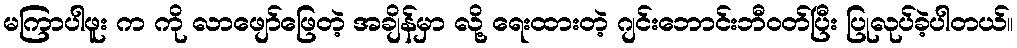
မကြာပါဖူး က ကို လာဖျော်ဖြေတဲ့ အချိန်မှာ လို့ ရေးထားတဲ့ ဂျင်းဘောင်းဘီဝတ်ပြီး ပြုလုပ်ခဲ့ပါတယ်။